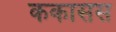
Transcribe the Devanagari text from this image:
ककासस